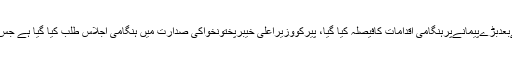
بابر بن عطا کا کہنا تھا کہ طویل گفتگوکےبعدبڑےپیمانےپرہنگامی اقدامات کافیصلہ کیا گیا، پیرکووزیراعلیٰ خیبرپختونخواکی صدارت میں ہنگامی اجلاس طلب کیا گیا ہے جس میں آئندہ کا لائحہ عمل طے کیا جائے گا۔